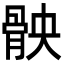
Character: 𮪧